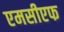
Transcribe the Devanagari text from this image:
एमसीएफ